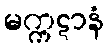
မက္ကဋာနံ